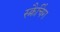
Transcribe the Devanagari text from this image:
स्क्रैचिंग